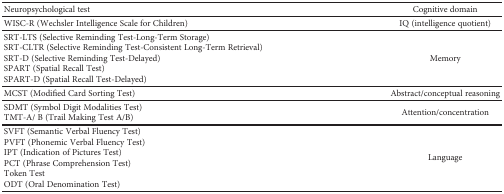
<table><thead><tr><td><b>Neuropsychological test</b></td><td><b>Cognitive domain</b></td></tr></thead><tbody><tr><td>WISC-R (Wechsler Intelligence Scale for Children)</td><td>IQ (intelligence quotient)</td></tr><tr><td>SRT-LTS (Selective Reminding Test-Long-Term Storage)SRT-CLTR (Selective Reminding Test-Consistent Long-Term Retrieval)SRT-D (Selective Reminding Test-Delayed)SPART (Spatial Recall Test)SPART-D (Spatial Recall Test-Delayed)</td><td>Memory</td></tr><tr><td>MCST (Modified Card Sorting Test)</td><td>Abstract/conceptual reasoning</td></tr><tr><td>SDMT (Symbol Digit Modalities Test)TMT-A/ B (Trail Making Test A/B)</td><td>Attention/concentration</td></tr><tr><td>SVFT (Semantic Verbal Fluency Test)PVFT (Phonemic Verbal Fluency Test)IPT (Indication of Pictures Test)PCT (Phrase Comprehension Test)Token TestODT (Oral Denomination Test)</td><td>Language</td></tr></tbody></table>